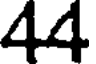
44